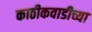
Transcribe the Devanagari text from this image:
काठीकवाडीच्या